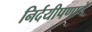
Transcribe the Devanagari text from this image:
निर्दयीपणाचे